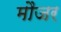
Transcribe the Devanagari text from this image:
मौजर